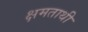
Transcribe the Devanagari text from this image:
क्षमताथी